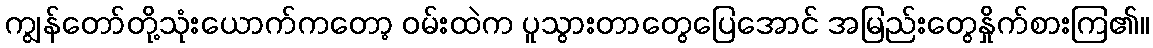
ကျွန်တော်တို့သုံးယောက်ကတော့ ဝမ်းထဲက ပူသွားတာတွေပြေအောင် အမြည်းတွေနှိုက်စားကြ၏။